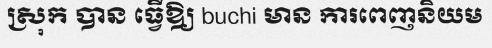
ស្រុក បាន ធ្វើឱ្យ buchi មាន ការពេញនិយម